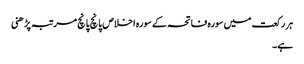
ہر رکعت میں سورہ فاتحہ کے سورہ اخلاص پانچ پانچ مرتبہ پڑھنی
ہے۔